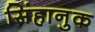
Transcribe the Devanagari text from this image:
सिंहानुक